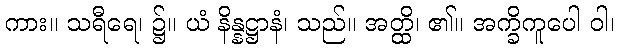
ကား။ သရီရေ၊ ၌။ ယံ နိန္နဋ္ဌာနံ၊ သည်။ အတ္ထိ၊ ၏။ အက္ခိကူပေါ ဝါ၊